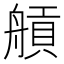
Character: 𦩼